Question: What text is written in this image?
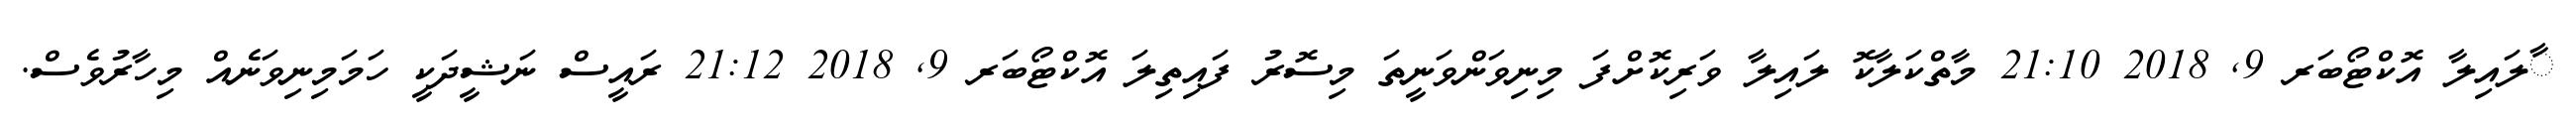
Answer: ާލައިލާ އޮކްޓޯބަރ 9, 2018 21:10 މާތްކަލާކޮ ލައިލާ ވަރިކޮށްފަ މިނިވަންވަނީތަ މިސޮރު ފައިތިލަ އޮކްޓޯބަރ 9, 2018 21:12 ރައީސް ނަޝީދަކީ ހަމަމިނިވަނެއް މިހާރުވެސް.